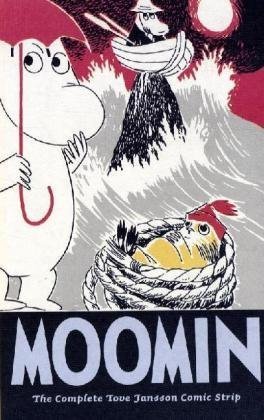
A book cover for Moomin Book Four: The Complete Tove Jansson Comic Strip; Tove Jansson; Comics & Graphic Novels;